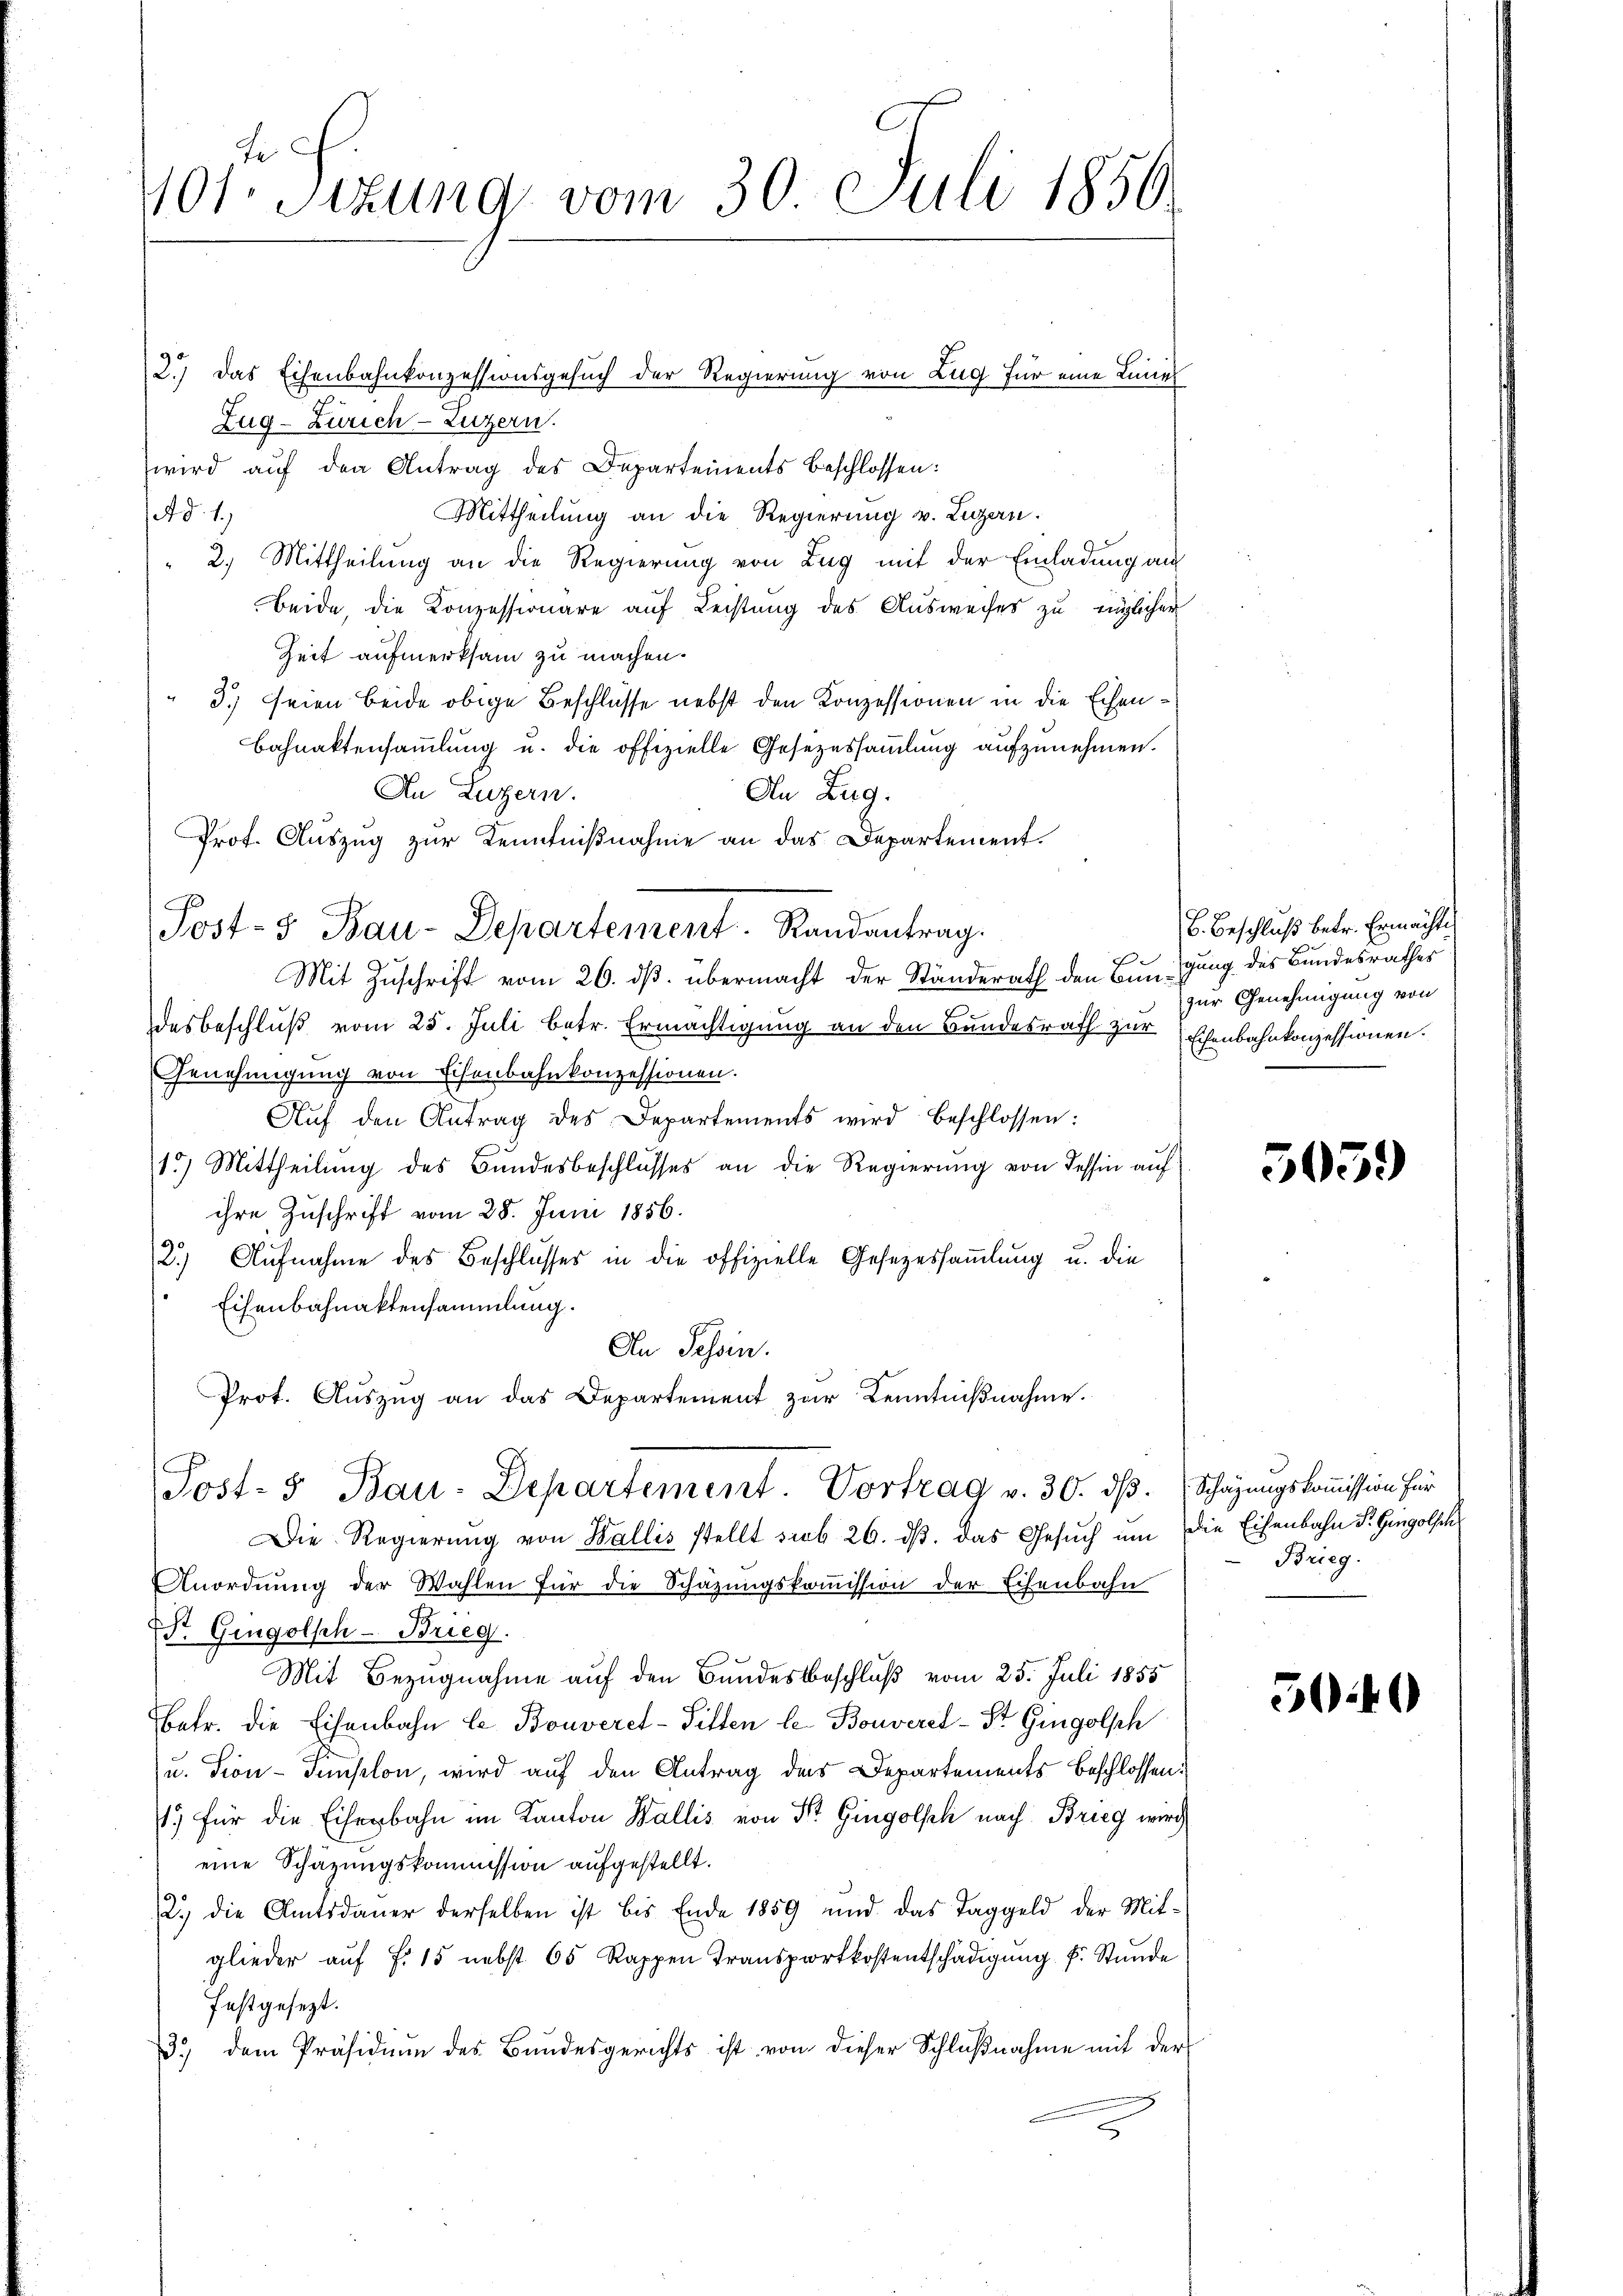
10fr. Sizung vom 30. Juli 1850.

Zug- Zürich–Luzern.
wird auf den Antrag des Departements beschlossen:
Mittheilung an die Regierung v. Ligen.
A §. 1.
 2. Mittheilung an die Regierung von Zug mit der Einladung an
beide, die Konzessionäre auf Leistung des Ausweises zu möglicher
Zeit aufmerksam zu machen.
" 3.) seien beide obige Beschlüsse nebst den Konzessionen in die Echen¬
Bahnaktensammlung u. die offizielle Gesezessammlung aufzunehmen.
An Luzern.
An Zug.
Prof. Auszug zur Kenntnißnahme an das Departement.
Post- & Bau-Departement. Randantrag.
Mit Zuschrift vom 26. ds. übermacht der Ständerath den Bundesbeschluß vom 25. Juli betr. Ermächtigung an den Bundesrath zur Ehenbahnkonzessionen.
Genehmigung von Eisenbahnkonzessionen.
Aŭf den Antrag des Departements wird beschlossen:
15) Mittheilung des Bundesbeschlusses an die Regierung von dessin auf
ihre Zuschrift vom 28. Juni 1856.
2.) Aufnahme des Beschlusses in die offizielle Gesezessammlung u. die
Eisenbahnaktensammlung.
An Tessin.
Prot. Auszug an das Departement zur Kenntnißnahme.

2.) Das Eisenbahnkonzessionsgesuch der Regierung von Zug für eine Linie

Post- & Bau-Departement. Vortrag v. 30. dβ. Schazungskommission für

Die Regierŭng von Wallis stellt sub 26. dβ. das Gesŭch ŭm die Eisenbahn St. Gingolsch
Anordnŭng der Wahlen für die Schazungskoṁission der Eisenbahn
St. Gingolsch - Brieg.
Mit Bezugnahme auf den Bundesbeschluß vom 25. Juli 1855
betr. die Eisenbahn le Bouveret-Tilten le Bouverel-Str. Gingolsch
u. Tion-Fümplon, wird auf den Antrag des Departements beschlossen:
) für die Eiserbahn im Kanton Wallis von Dr. Gingolphi nach Brieg wird
eine Schazungskommission aufgestellt.
2.) die Amtsdauer derselben ist bis Ende 1859 und das Taggeld der Mit-
glieder aŭf f. 15 nebst 65 Rappen Transportkostentschädigŭng f. Stunde
festgesezt.
3. dem Präsidium des Bundesgerichts ist von dieser Schlŭβnahme mit der

6. Beschluß betr. Ermächte
gung des Bundesrathes
zur Genehmigung von

503.

Brieg.

504